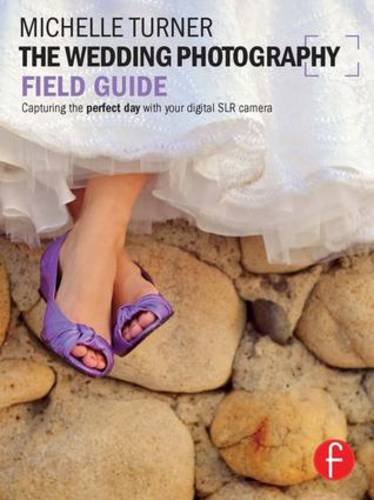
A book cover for The Wedding Photography Field Guide: Capturing the perfect day with your digital SLR camera (The Field Guide Series); Michelle Turner; Crafts, Hobbies & Home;